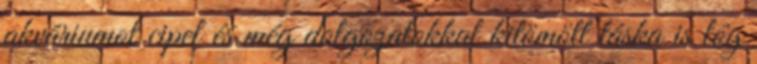
akváriumot cipel és még dolgozatokkal kitömött táska is lóg